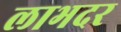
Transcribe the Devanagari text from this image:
लाभदर